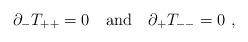
LaTeX: \begin{align*}\partial_-T_{++}=0 \quad \mbox{and} \quad \partial_+T_{--}=0\ ,\end{align*}